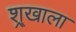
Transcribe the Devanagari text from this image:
श्र्‌खाला